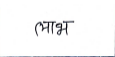
मजकूर: लाभ